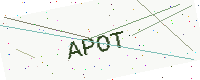
Text: APOT